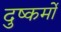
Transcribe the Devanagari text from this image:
दुष्कर्मो